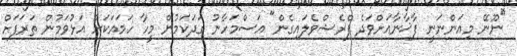
"ނޫނޭ މިއަންނަނީ ފާޚާނާއަށްވަދެ ފްރެޝްވެލައިގެން" އަސްމަހާނު ގަދަކަމުން މީހާ ހަމައަކަށް އަޅުވަމުން ތަރަފަށް